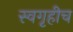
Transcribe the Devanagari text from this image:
स्वगृहीच